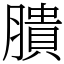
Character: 膭